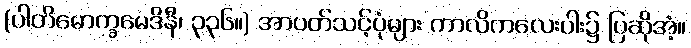
(ပါတိမောက္ခမေဒိနီ၊ ၃၃၆။) အာပတ်သင့်ပုံများ ကာလိကလေးပါး၌ ပြဆိုအံ့။